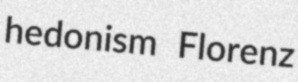
hedonism Florenz